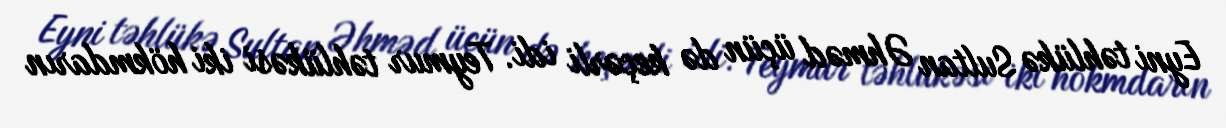
Eyni təhlükə Sultan Əhməd üçün də keçərli idi. Teymur təhlükəsi iki hökmdarın